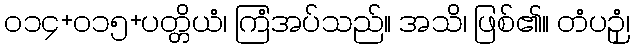
၀၁၄+၀၁၅+ပတ္တိယံ၊ ကြံအပ်သည်။ အသိ၊ ဖြစ်၏။ တံပဉှံ၊